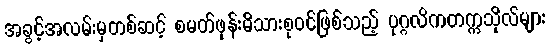
အခွင့်အလမ်းမှတစ်ဆင့် စမတ်ဖုန်းမိသားစုဝင်ဖြစ်သည့် ပုဂ္ဂလိကတက္ကသိုလ်များ